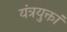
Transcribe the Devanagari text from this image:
यंत्रयुक्तां